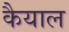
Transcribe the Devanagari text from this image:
कैयाल